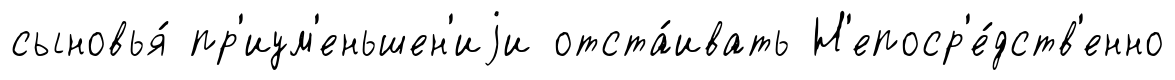
сыновья́ пр'иум'еньшен'иjи отста́ивать Н'епоср'е́дств'енно